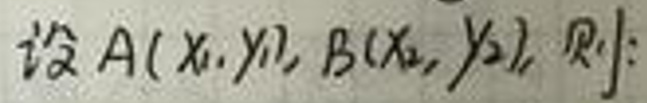
设\(A(x_1,y_1)\)，\(B(x_2,y_2)\)，则：